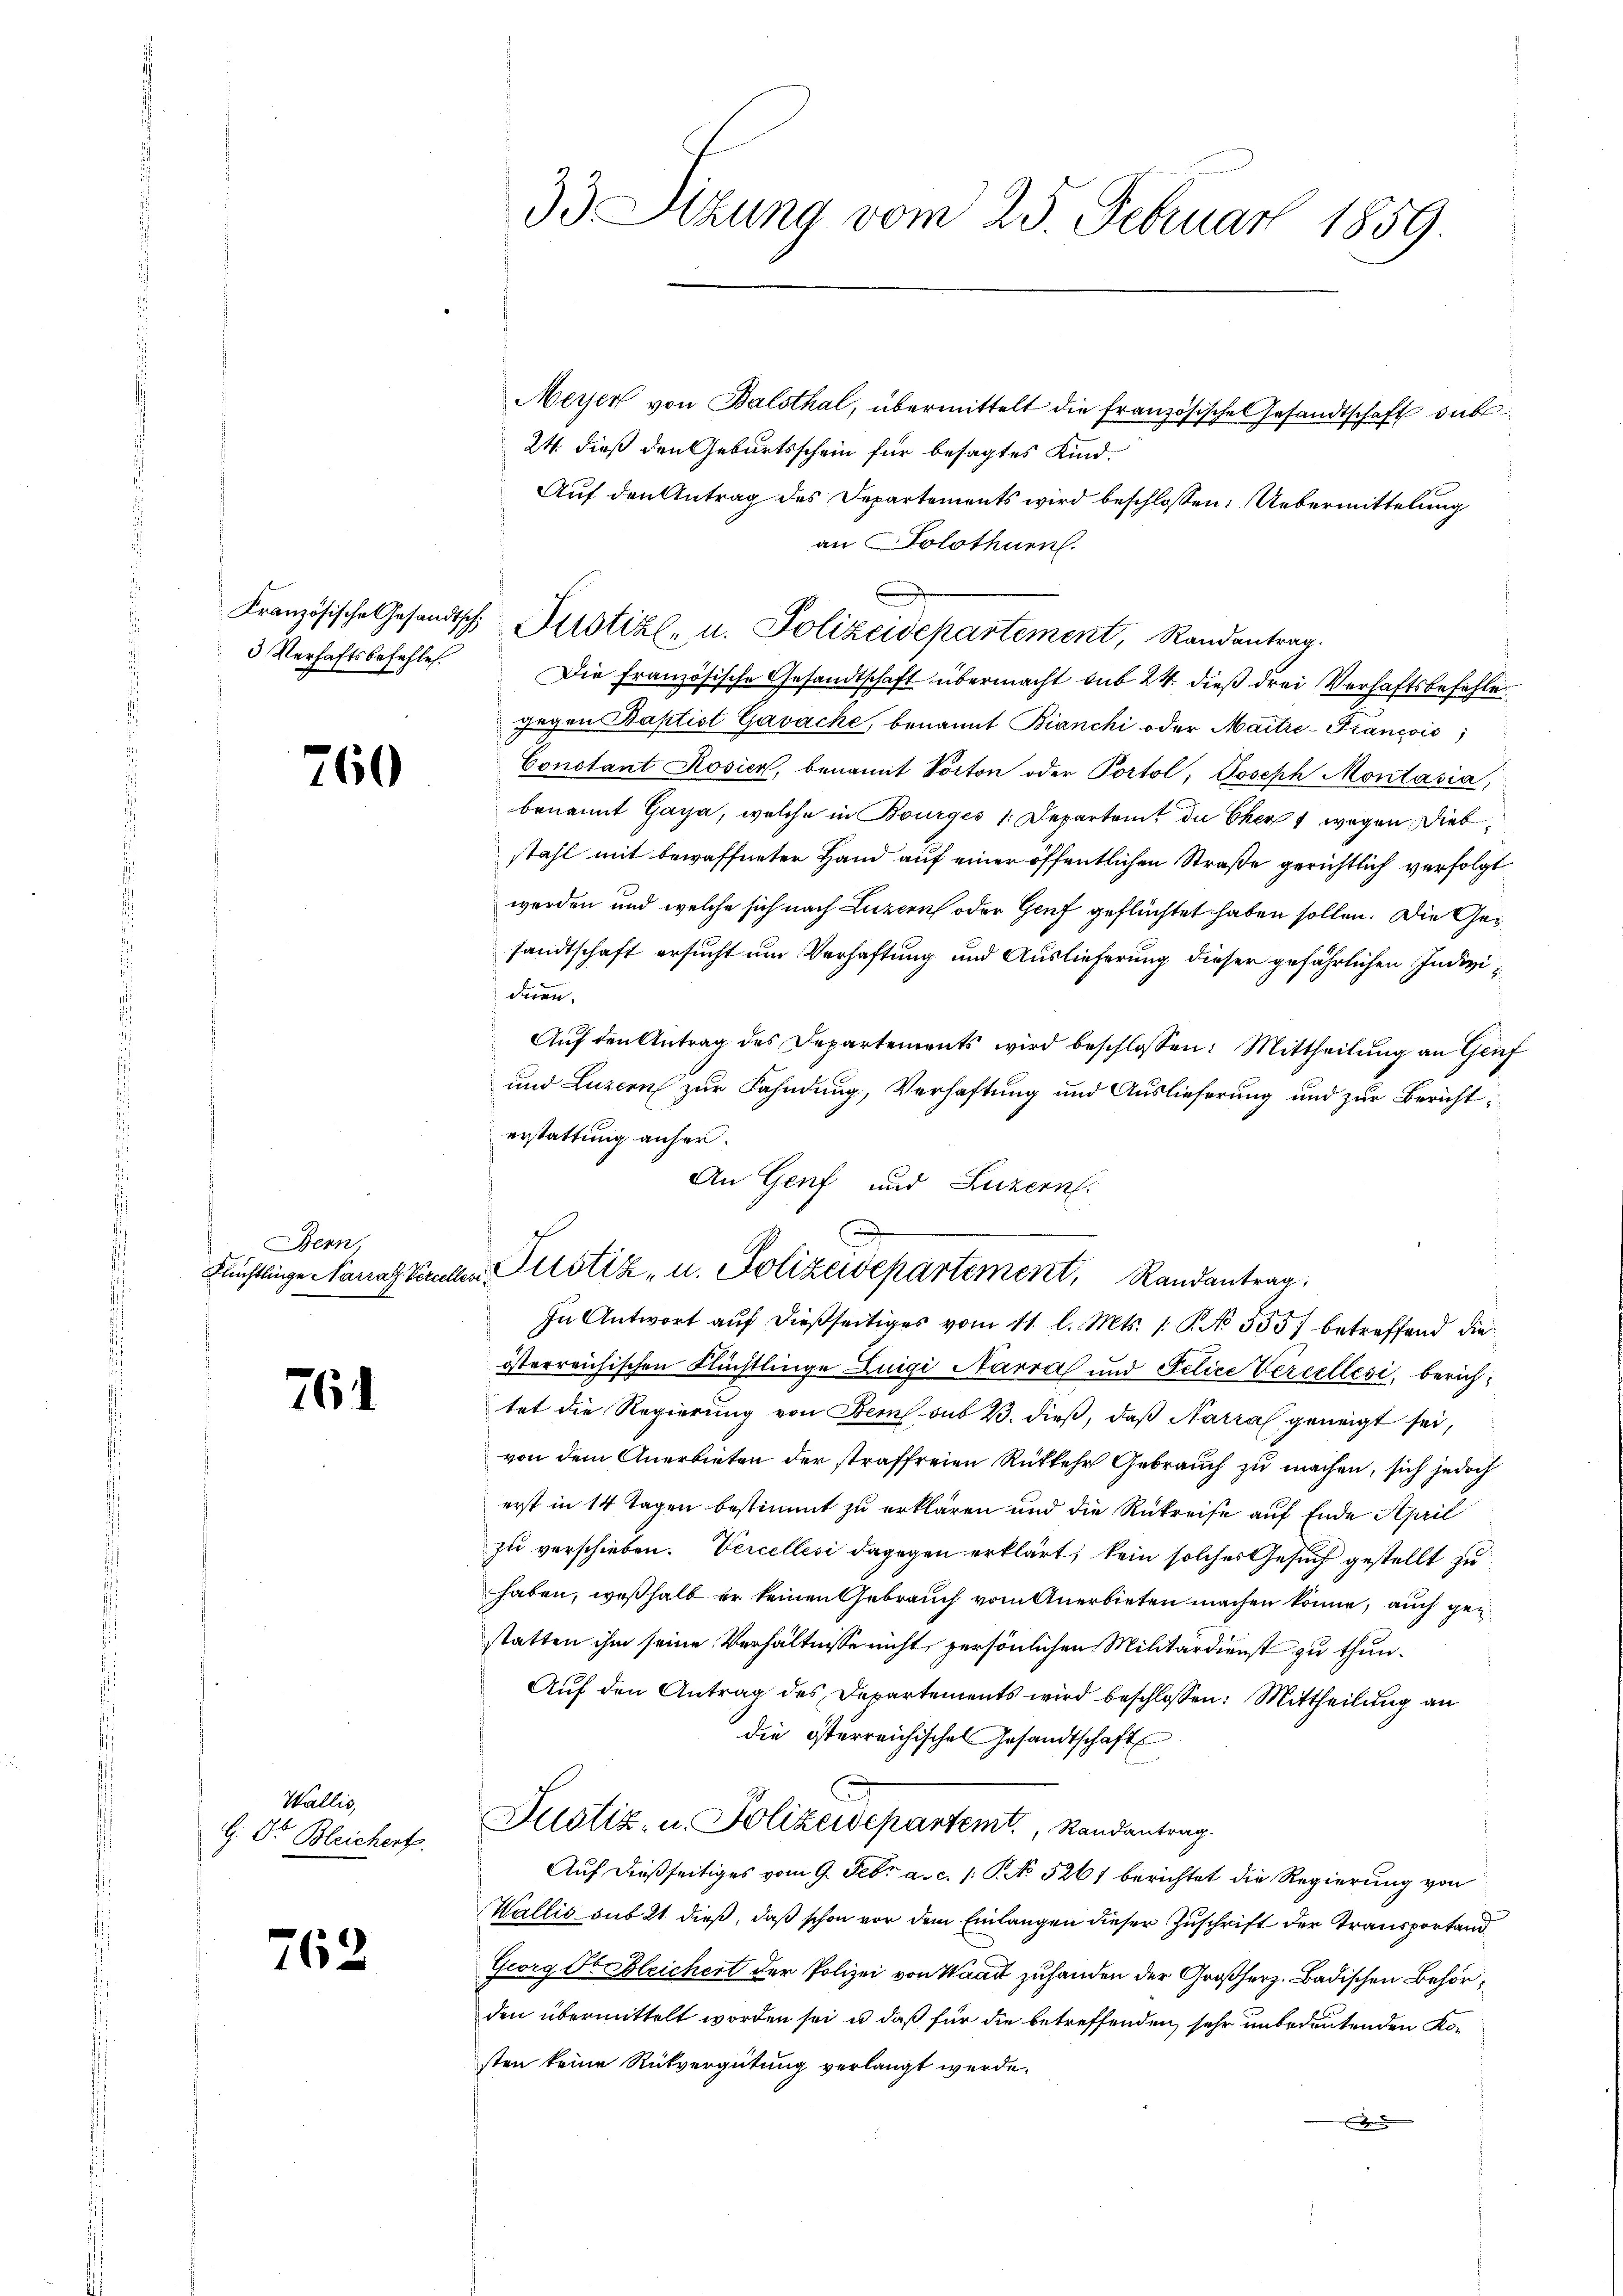
3 Verhaftsbefehlen.

764

762

260

Bern,

Wallis,
G. Dr. Bleichert.

Meyer von Balsthal, übermittelt die französischen Gesandtschaft sub
24. dieß den Geburtsschein für besagtes Kind¬
Auf den Antrag des Departements wird beschlossen: Uebermittelung
an Solothurn.
Die Französische Gesandtschaft übermacht sub 24. dieß drei Verhaftsbefehle
gegen Baptist Gavache, benannt Bianchi oder Maitre-Francois
Constant Rosier, benannt Socton oder Portol; Joseph Montasia,
benannt Gaya, welche in Bourges /:Departent die Eher 1 wegen Diebstahl mit bewaffneter Hand auf einer öffentlichen Straße gerichtlich verfolge
werden und welche sich nach Luzern oder Genf geflüchtet haben sollen. Die Gesandtschaft ersucht um Verhaftung und Auslieferung dieser gefährlichen Individeren.
Aŭf den Antrag des Departements wird beschlossen: Mittheilŭng an Ge-
und Luzern zur Fahndung, Verhaftung und Auslieferung und zur Berichtösterreichischen Flüchtlinge Luigi Narra und Felice Percellesi, berichtet die Regierung von Bern sub 23. dieß, daß Narral geneigt sei,
von dem Anerbieten der straffreien Rükkehr Gebrauch zu machen, sich jedoch
erst in 14 Tagen bestimmt zu erklären und die Rükreise auf Ende April
zu verschieben. Vercellesi dagegen erklärt, kein solches Gesuch gestellt zu
haben, weßhalb er keinen Gebrauch vom Anerbieten machen könne, auch gen
statten ihm seine Verhältnisse nicht, persönlichen Militärdienst zu thun.
Auf den Antrag des Departements wird beschlossen: Mittheilung an
die österreichisches Gesandtschafts
Justiz, u. Polizeidepartemt, Randantrag.
Auf dießseitiges vom 9. Febr. a. c. /: P. No 5261 berichtet die Regierung von
Wallis sub 21. dieß, daß schon vor dem Einlangen dieser Zuschrift der Transportand
Georg Verbleichert der Polizei von Waadt zuhanden der Großherz- Badischen Behörden übermittelt worden sei, u. daß für die betreffenden sehr unbedeutenden Kosten keine Rückvergütung verlangt werde.
e

33 Sizung vom 25. Februar 1859.

erstattung anher.
An Genf und Luzern.
.
Fünstlinge Nanas Kircher Pitstiz- u. Polizeidepartement, Randantrag.
In Antwort auf dießseitiges vom 11. l. Mts. 1. P. No 355) betreffend die

E
Französische Gesandtsche Zustiz- u. Polizeidepartement, Randantrag.